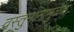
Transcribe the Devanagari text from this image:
वस्तुमानामुळेच